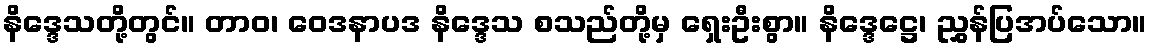
နိဒ္ဒေသတို့တွင်။ တာဝ၊ ဝေဒနာပဒ နိဒ္ဒေသ စသည်တို့မှ ရှေးဦးစွာ။ နိဒ္ဒေဋ္ဌေ၊ ညွှန်ပြအပ်သော။